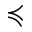
\preccurlyeq